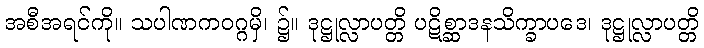
အစီအရင်ကို။ သပါဏကဝဂ္ဂမှိ၊ ၌။ ဒုဋ္ဌုလ္လာပတ္တိ ပဋိစ္ဆာဒနသိက္ခာပဒေ၊ ဒုဋ္ဌုလ္လာပတ္တိ